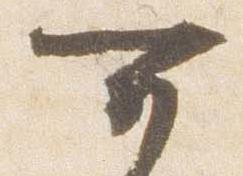
可